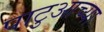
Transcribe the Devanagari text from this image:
पाटुआच्या